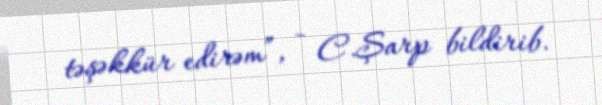
təşəkkür edirəm”, - C.Şarp bildirib.